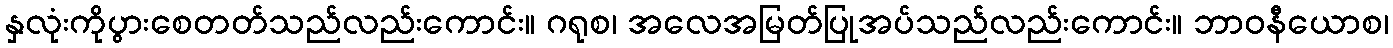
နှလုံးကိုပွားစေတတ်သည်လည်းကောင်း။ ဂရုစ၊ အလေအမြတ်ပြုအပ်သည်လည်းကောင်း။ ဘာဝနီယောစ၊